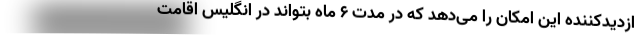
ازدیدکننده این امکان را می‌دهد که در مدت 6 ماه بتواند در انگلیس اقامت